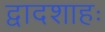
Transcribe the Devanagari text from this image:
द्वादशाहः